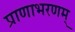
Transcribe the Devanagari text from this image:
प्राणाभरणम्‌